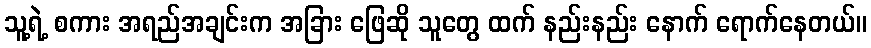
သူ့ရဲ့ စကား အရည်အချင်းက အခြား ဖြေဆို သူတွေ ထက် နည်းနည်း နောက် ရောက်နေတယ်။